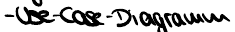
- Use-Case-Diagramm